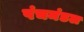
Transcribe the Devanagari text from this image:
पंचमंडल